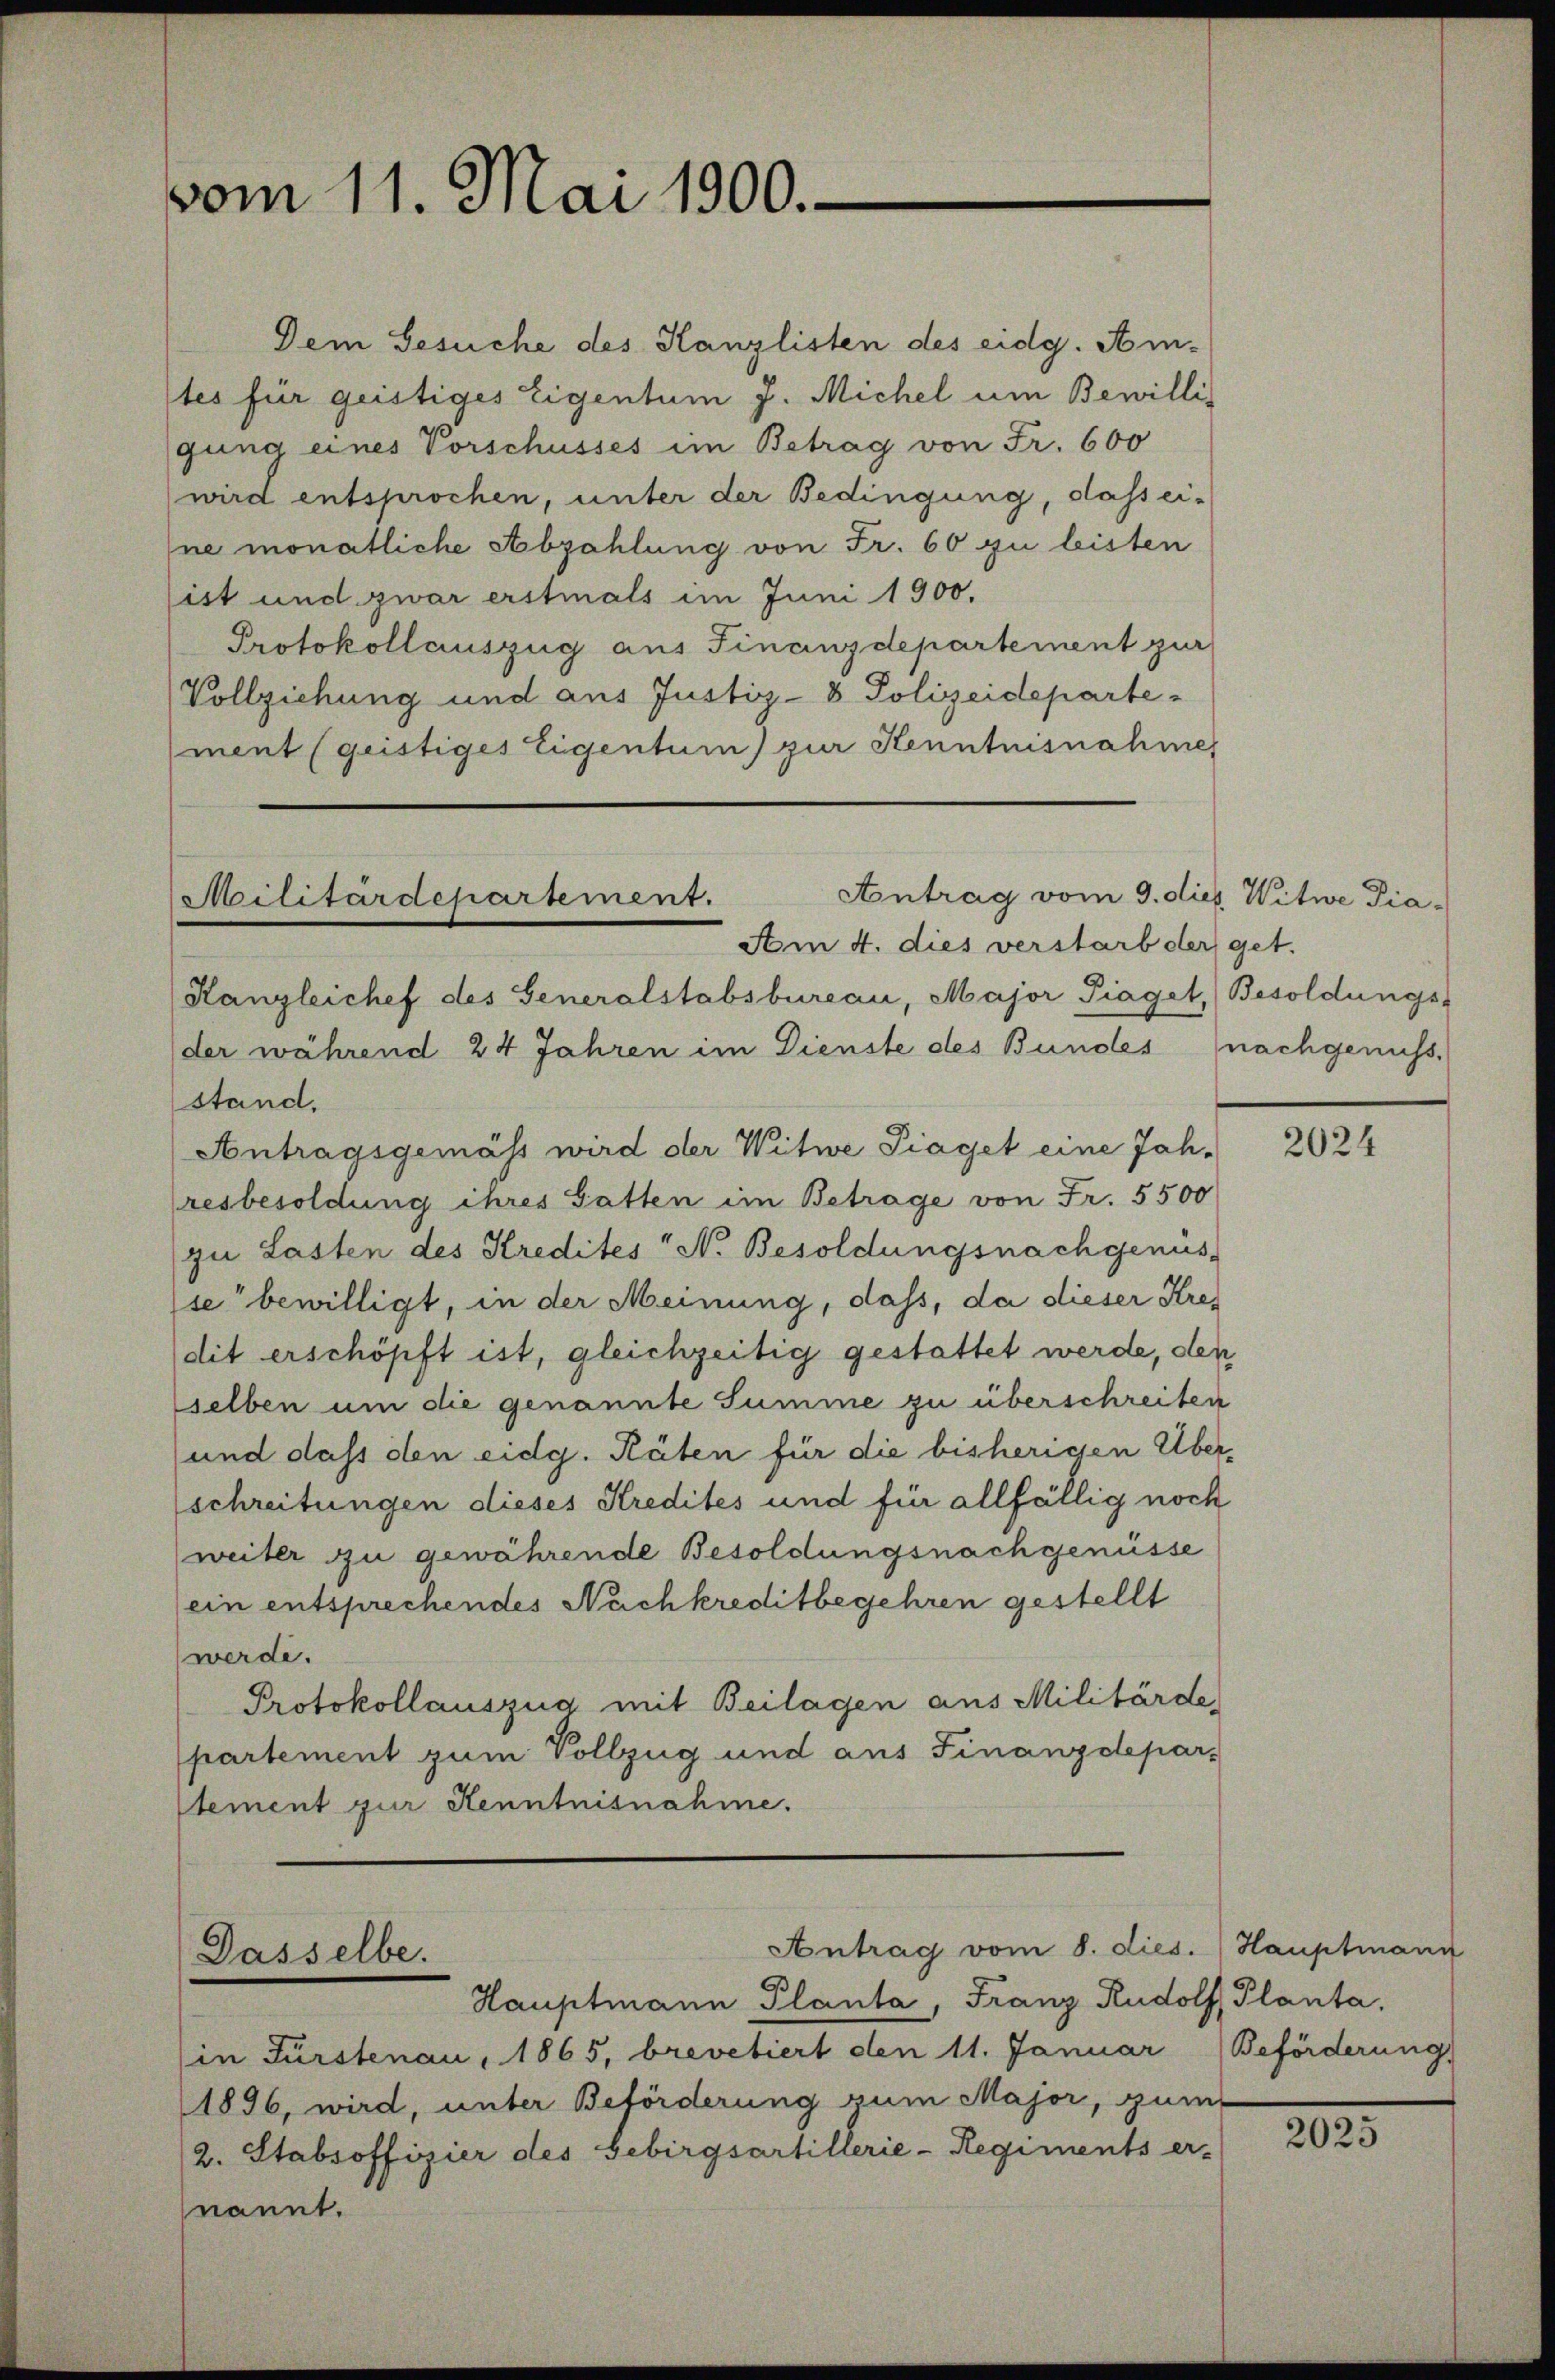
vom 11. Mai 1900.

Antrag vom 9. dies Witwe Dia¬
Militärdepartement.
Am 4. dies verstarb der get.

Dem Gesuche des Kanzlisten des eidg. Ain-
tes für geistiges Eigentum J. Michel um Bewillis
gung eines Vorschusses im Betrag von Fr. 600
wird entsprochen, unter der Bedingung, dass ei-
ne monatliche Abzahlung von Fr. 60 zu leisten
ist und zwar erstmals im Juni 1900.
Protokollauszug aus Finanzdepartement zur
Vollziehung und aus Justiz- & Polizeideparte-
ment (geistiges Eigentum) zur Kenntnisnahmer

Antrag vom 8. dies.) Hauptmann
Dasselbe.
Hauptmann Planta, Franz Rudolf Planta.

(in Fürstenau, 1865, brevetiert den 11. Januar Beförderung
1896, wird, unter Beförderung zum Major, zum
2. Stabsoffizier des Gebirgsartillerie-Regiments er-
nannt.

Hangleichef des Generalstabsbureau, Major Piaget, Besoldungs-
der während 24 Jahren im Dienste des Bundes nachgenuss,
stand,
Antragsgemäss wird der Witwe Piaget eine Jahresbesoldung ihres Gatten im Betrage von Fr. 5500
zu Lasten des Kredites N. Besoldungsnach genüs
se bewilligt, in der Meinung, dass, da dieser Kredit erschöpft ist, gleichzeitig gestattet werde, den
selben um die genannte Summe zu überschreiten
und dass den eidg. Räten für die bisherigen Überschreitungen dieses Kredites und für allfällig noch
weiter zu gewährende Besoldungsnachgenüsse
(ein entsprechendes Nachkreditbegehren gestellt
werde.
Protokollauszug mit Beilagen aus Militärde,
partement zum Vollzug und aus Finanzdepar-
Stement zur Kenntnisnahme.

2024

2025